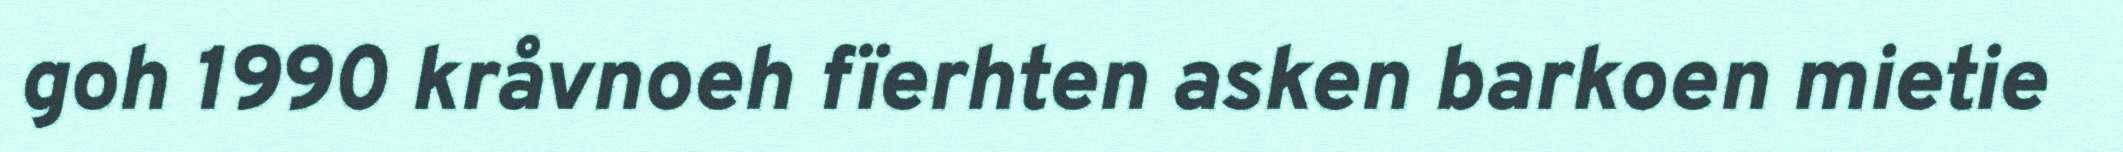
goh 1990 kråvnoeh fïerhten asken barkoen mietie